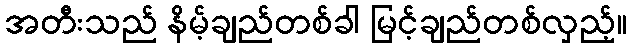
အတီးသည် နိမ့်ချည်တစ်ခါ မြင့်ချည်တစ်လှည့်။